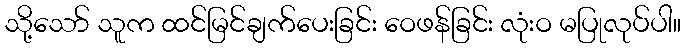
သို့သော် သူက ထင်မြင်ချက်ပေးခြင်း ဝေဖန်ခြင်း လုံးဝ မပြုလုပ်ပါ။